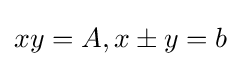
xy=A,x\pm y=b